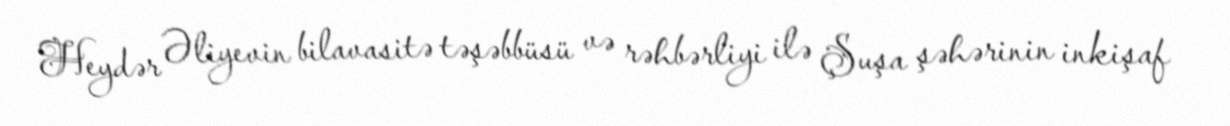
Heydər Əliyevin bilavasitə təşəbbüsü və rəhbərliyi ilə Şuşa şəhərinin inkişaf